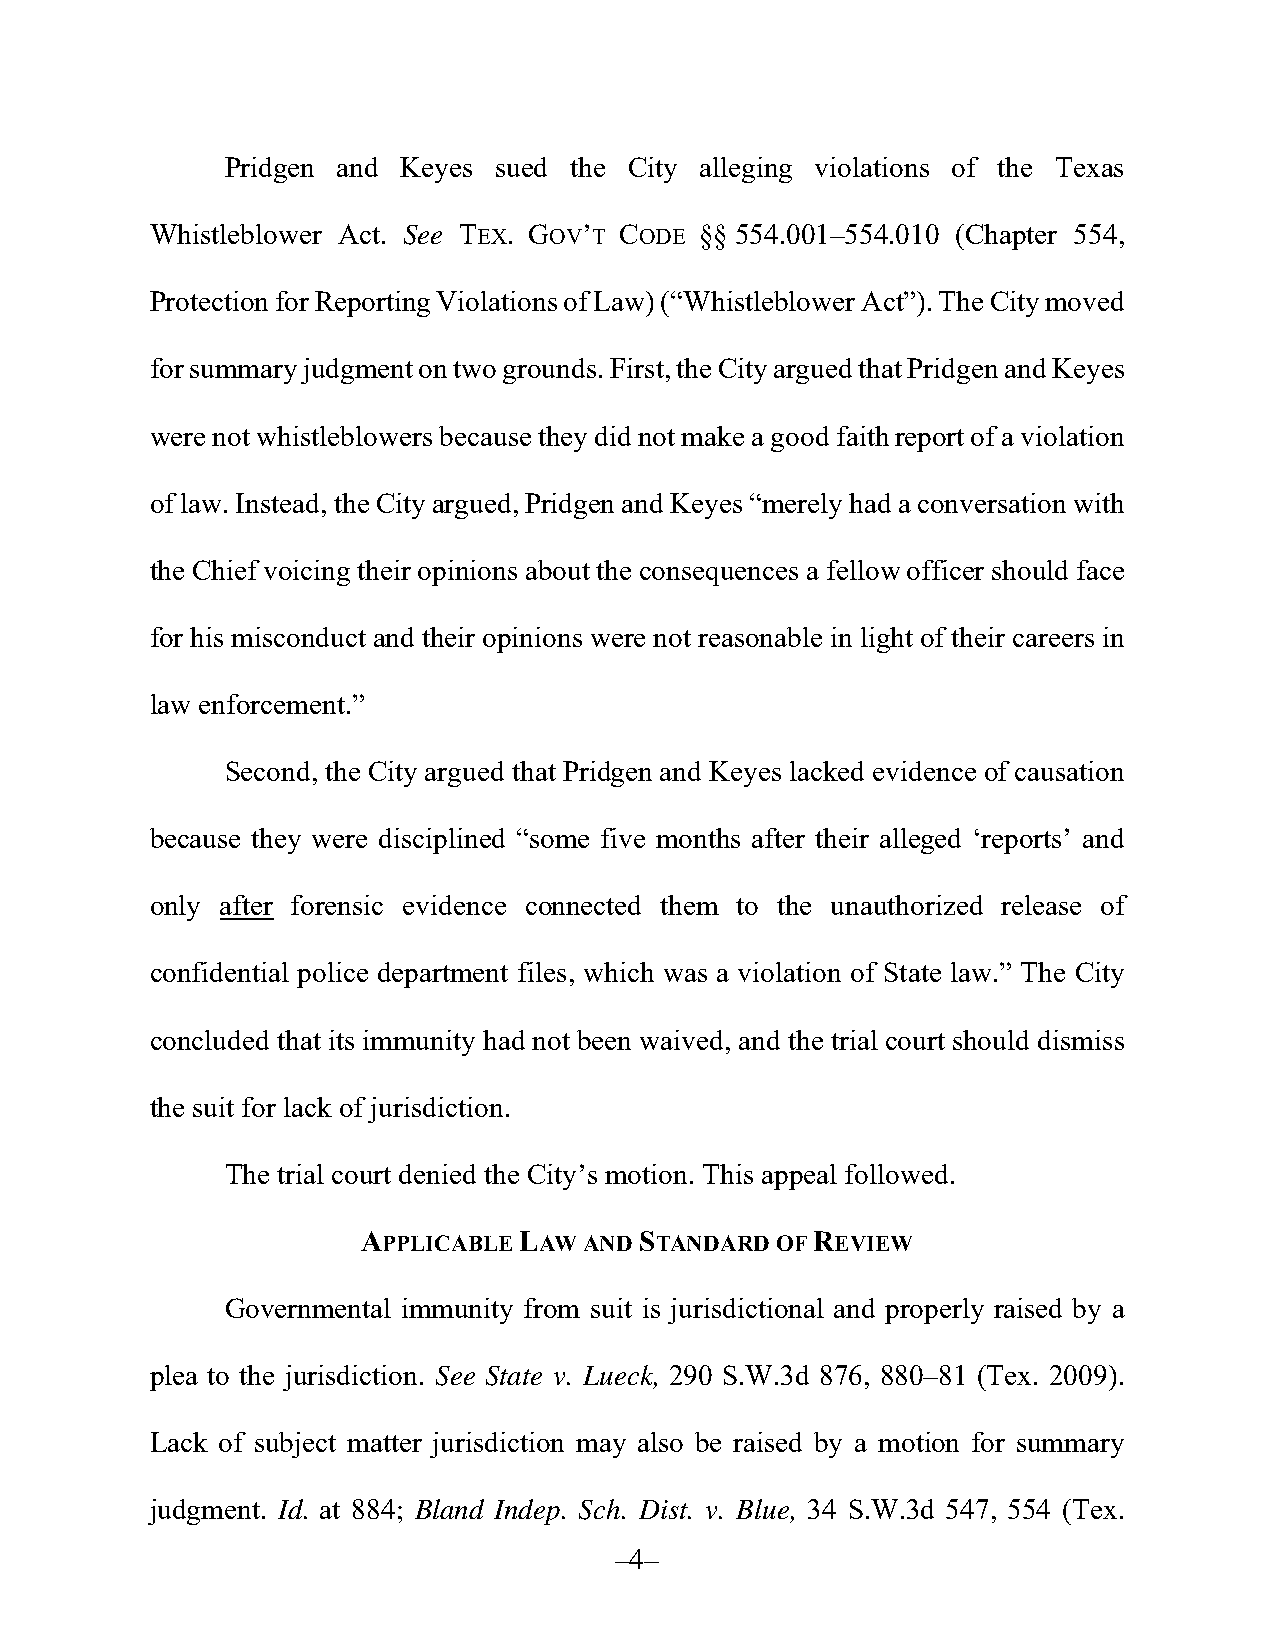
Pridgen and Keyes sued the City alleging violations of the Texas
 Whistleblower Act. See TEX. GOV’T CODE §§ 554.001–554.010 (Chapter 554,
 Protection for Reporting Violations of Law) (“Whistleblower Act”). The City moved
 for summary judgment on two grounds. First, the City argued that Pridgen and Keyes
 were not whistleblowers because they did not make a good faith report of a violation
 of law. Instead, the City argued, Pridgen and Keyes “merely had a conversation with
 the Chief voicing their opinions about the consequences a fellow officer should face
 for his misconduct and their opinions were not reasonable in light of their careers in
 law enforcement.”
 Second, the City argued that Pridgen and Keyes lacked evidence of causation
 because they were disciplined “some five months after their alleged ‘reports’ and
 only after forensic evidence connected them to the unauthorized release of
 confidential police department files, which was a violation of State law.” The City
 concluded that its immunity had not been waived, and the trial court should dismiss
 the suit for lack of jurisdiction.
 The trial court denied the City’s motion. This appeal followed.
 APPLICABLE LAW AND STANDARD OF REVIEW
 Governmental immunity from suit is jurisdictional and properly raised by a
 plea to the jurisdiction. See State v. Lueck, 290 S.W.3d 876, 880–81 (Tex. 2009).
 Lack of subject matter jurisdiction may also be raised by a motion for summary
 judgment. Id. at 884; Bland Indep. Sch. Dist. v. Blue, 34 S.W.3d 547, 554 (Tex.
 –4–